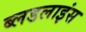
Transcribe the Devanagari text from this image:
ब्लडलाइंस